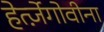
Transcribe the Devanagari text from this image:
हेर्त्ज़ेगोवीना